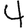
Digit: 4